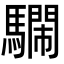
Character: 𩦔